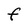
Character: f